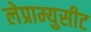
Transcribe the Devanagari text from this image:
लेप्राम्युसीट